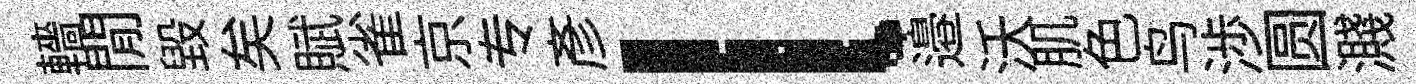
轖閒毀矣賦雀京专彦l邉沃肌色鸟渉圆濺